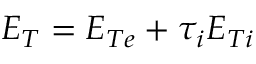
E _ { T } = E _ { T e } + \tau _ { i } E _ { T i }